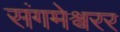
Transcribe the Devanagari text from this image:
संगमेश्वरर